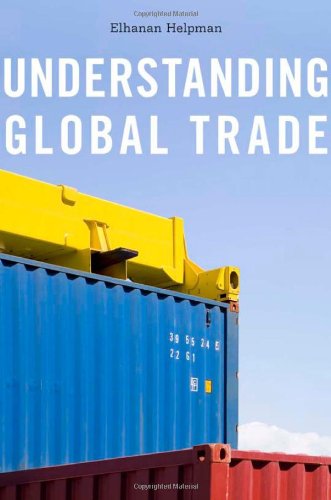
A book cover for Understanding Global Trade; Elhanan Helpman; Business & Money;